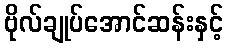
ဗိုလ်ချုပ်အောင်ဆန်းနှင့်